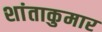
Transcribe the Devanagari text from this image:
शांताकुमार